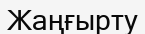
Жаңғырту